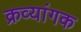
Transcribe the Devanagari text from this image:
क्रव्यांगक